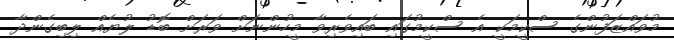
މުވައްޒަފުންގެ ސްކީމަކީ އެ ސްކީމުގައި ބައިވެރިވާ މީހުންނަށް ވަރަށް ބޮޑު ލުޔެއް ލިބިގެންދާ